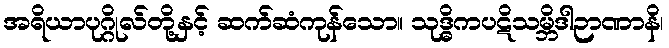
အရိယာပုဂ္ဂိုလ်တို့နှင့် ဆက်ဆံကုန်သော။ သုဒ္ဓိကပဋိသမ္ဘိဒါဉာဏာနိ၊